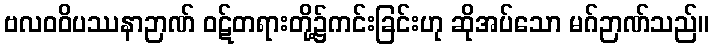
ဗလဝဝိပဿနာဉာဏ် ဝဋ်တရားတို့၌ကင်းခြင်းဟု ဆိုအပ်သော မဂ်ဉာဏ်သည်။